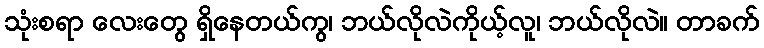
သုံးစရာ လေးတွေ ရှိနေတယ်ကွ၊ ဘယ်လိုလဲကိုယ့်လူ၊ ဘယ်လိုလဲ။ တာခက်